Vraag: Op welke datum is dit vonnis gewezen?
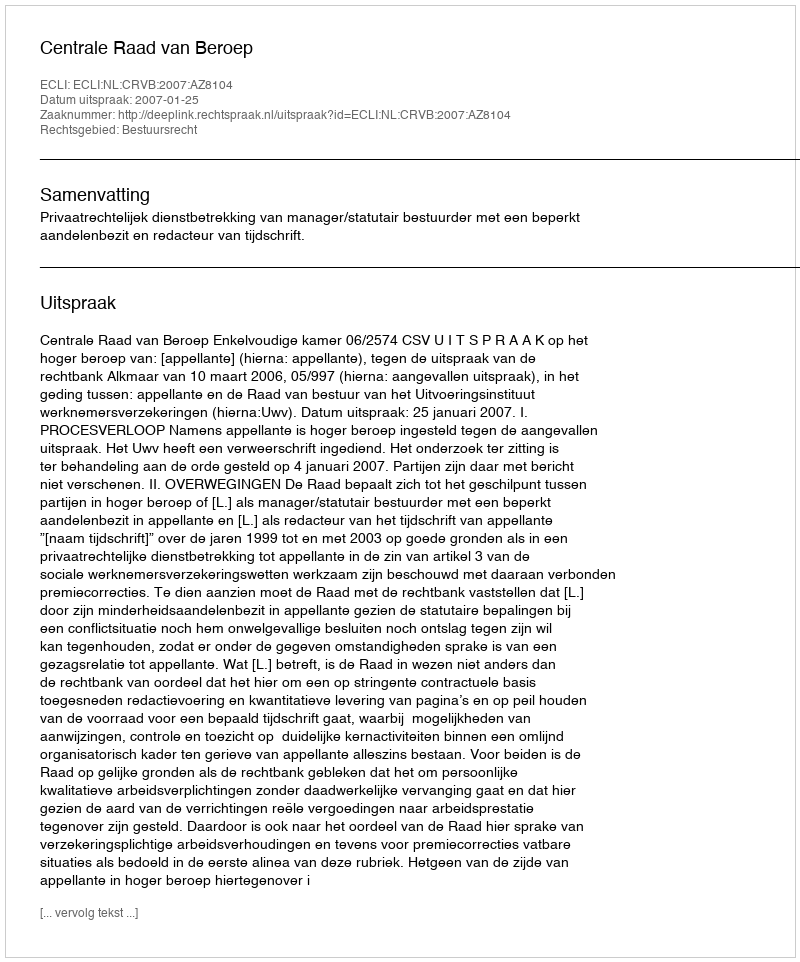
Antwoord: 2007-01-25